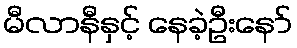
မီလာနီနှင့် နေခဲ့ဦးနော်